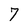
Character: 7